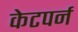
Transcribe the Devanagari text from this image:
केटपर्न